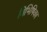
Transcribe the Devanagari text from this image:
विभिषिका